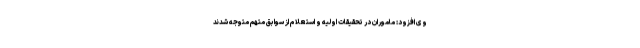
وی افزود: ماموران در تحقیقات اولیه و استعلام از سوابق متهم متوجه شدند